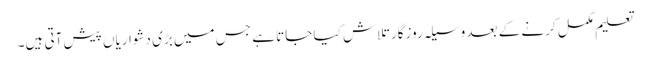
تعلیم مکمل کرنے کے بعد وسیلہ روزگار تلاش کیا جاتا ہے جس میں بڑی دشواریاں پیش آتی ہیں۔